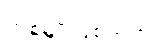
တစ်မျိုးဖြစ်သည်